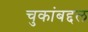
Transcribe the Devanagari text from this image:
चुकांबद्दल